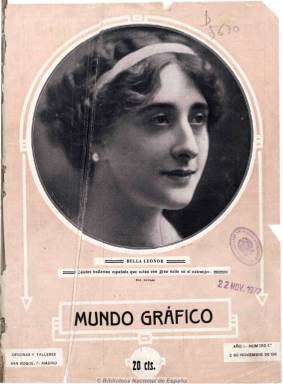
Título: Mundo gráfico (Madrid)
Colección: Revistas de información general
Ámbito geográfico: Madrid
Lugar de publicación: Madrid
Fechas: 02/11/1911-07/12/1938

Una de las revistas más populares y modernas del primer tercio del siglo veinte dedicadas al fotoperiodismo. Nace de una escisión de Nuevo mundo (1894-1913), tras la muerte de su fundador, José del Perojo (1852-1908),  por parte de Mariano Zavala (1865-1944), Francisco Verdugo Landi (1874-1959) y el fotógrafo José Demaría López (1870-1936), que firmaba como José López Campúa y José L. Campúa.

De periodicidad semanal (miércoles), de entre 36 y 48 páginas, con una portada, generalmente, a color, de una fotografía de estudio y orlada de actrices, actores, toreros o personajes célebres del momento. Incluye fotografías, caricaturas, viñetas humorísticas, artículos de costumbres, viajes, arte, moda, deportes, divulgación, política nacional e internacional, críticas de espectáculos, teatro y taurinas, noticias de actualidad y de sucesos, así como narraciones breves, textos en verso y charadas, dedicándole gran espacio a los anuncios publicitarios, entre estos una sección de anuncios telegráficos o por palabras.

Tras constituirse en empresa como Prensa Gráfica, S.A. en 1913, junto a los ya citados, por el fotógrafo Isidoro Cámara (1876-1944) y el dramaturgo Enrique Contreras y Camargo (1872-1913), y con Zavala como director-gerente, la editora fue seguidamente controlada por La Papelera Española, de Nicolás María de Urgoiti (1869-1951), formando un trust con otras revistas y periódicos de la época, en implacable competición con las publicaciones de Prensa Española, de Torcuato Luca de Tena (1861-1929).

Fue la revista dirigida a un público más popular, de calidad inferior y más económica (20 céntimos y después, 30) del grupo de Urgoiti, y una de las de mayor circulación en España (80-130.000 ejemplares). Tuvo un moderno diseño gráfico y sus fotografías llegaron a ocupar hasta el 90 por ciento de sus páginas.

Fue dirigida por Campúa, fotógrafo oficial de la Casa Real, que junto al también fotógrafo Alfonso García Sánchez (1880-1953), fue enviado especial en la campaña del Rif (1909).  Sus páginas en huecograbado y los fotograbados estuvieron bajo la dirección de Isidoro Cámara. Dedicó asimismo un gran espacio a la actualidad gráfica de la primera guerra europea (1914-1917), utilizando los servicios de las agencias Hugelmann, Central News y Chusseay Flaviens y con enviados especiales, y a Manuel Barroso como corresponsal en Londres.

También sufrió la censura durante la Dictadura de Primo de Rivera (1923-1930). Siguió publicándose durante los dos primeros años de la guerra civil, bajo la dirección de Luis Linares, publicando fotografías de la contienda, estando Campúa en diferentes frentes de batalla, pero con tan sólo ocho páginas, debido a las restricciones de papel.

Contó con fotógrafos corresponsales en las provincias españolas, como Federico Ballell (1864-1951), en Barcelona; los Pérez Romero, en Sevilla, o Francisco Gómez Durán, en Valencia, y además de los ya citados, publicaron otros como Alejandro Merletti (1860-1943), José María Díaz Casariego (1897-1967), Fernando López Beaubé, Antonio Prats, Pascual Rey, Diego Calvache, Serrano Quiles, Salazar, y el ilustrador Manuel Bayo Marín (1908-1953), entre otros.

Entre sus colaboradores literarios estuvo un fotógrafo que después fue novelista y crítico taurino y que se especializó en la entrevista y la crónica como José María Carretero Novillo (1888-1951), que utilizó el seudónimo El Caballero Audaz, y el crítico teatral Anselmo González Fernández (1890-) con el de Alejandro Miquis; así como Salvador Canals (1867-1938), José Alsina (1881-1944), Rogelio Pérez Olivares (1879-1963), Federico Gil Asensio (1876-1925), Pedro Pérez Fernández (1885-1956), Arturo Reyes (1864-1913), José Francés (1883-1964), Baldomero Argente (1877-1965), Leopoldo López de Saa (1870-1936), Francisco Flores García (1845-1917), Teresa Escoriaza (1893-), Ramón López-Montenegro (1877-1936), Emilio Carrere Moreno (1881-1947), Jaume Palmerola i Trulls (1868-1931), José Montero Alonso (1904-2000), Aurelio Matilla (1892-1942), Pedro Prat Gaballí (1885-1962), Francisco Anaya Ruiz y Adelardo F. Arias, entre otros muchos.